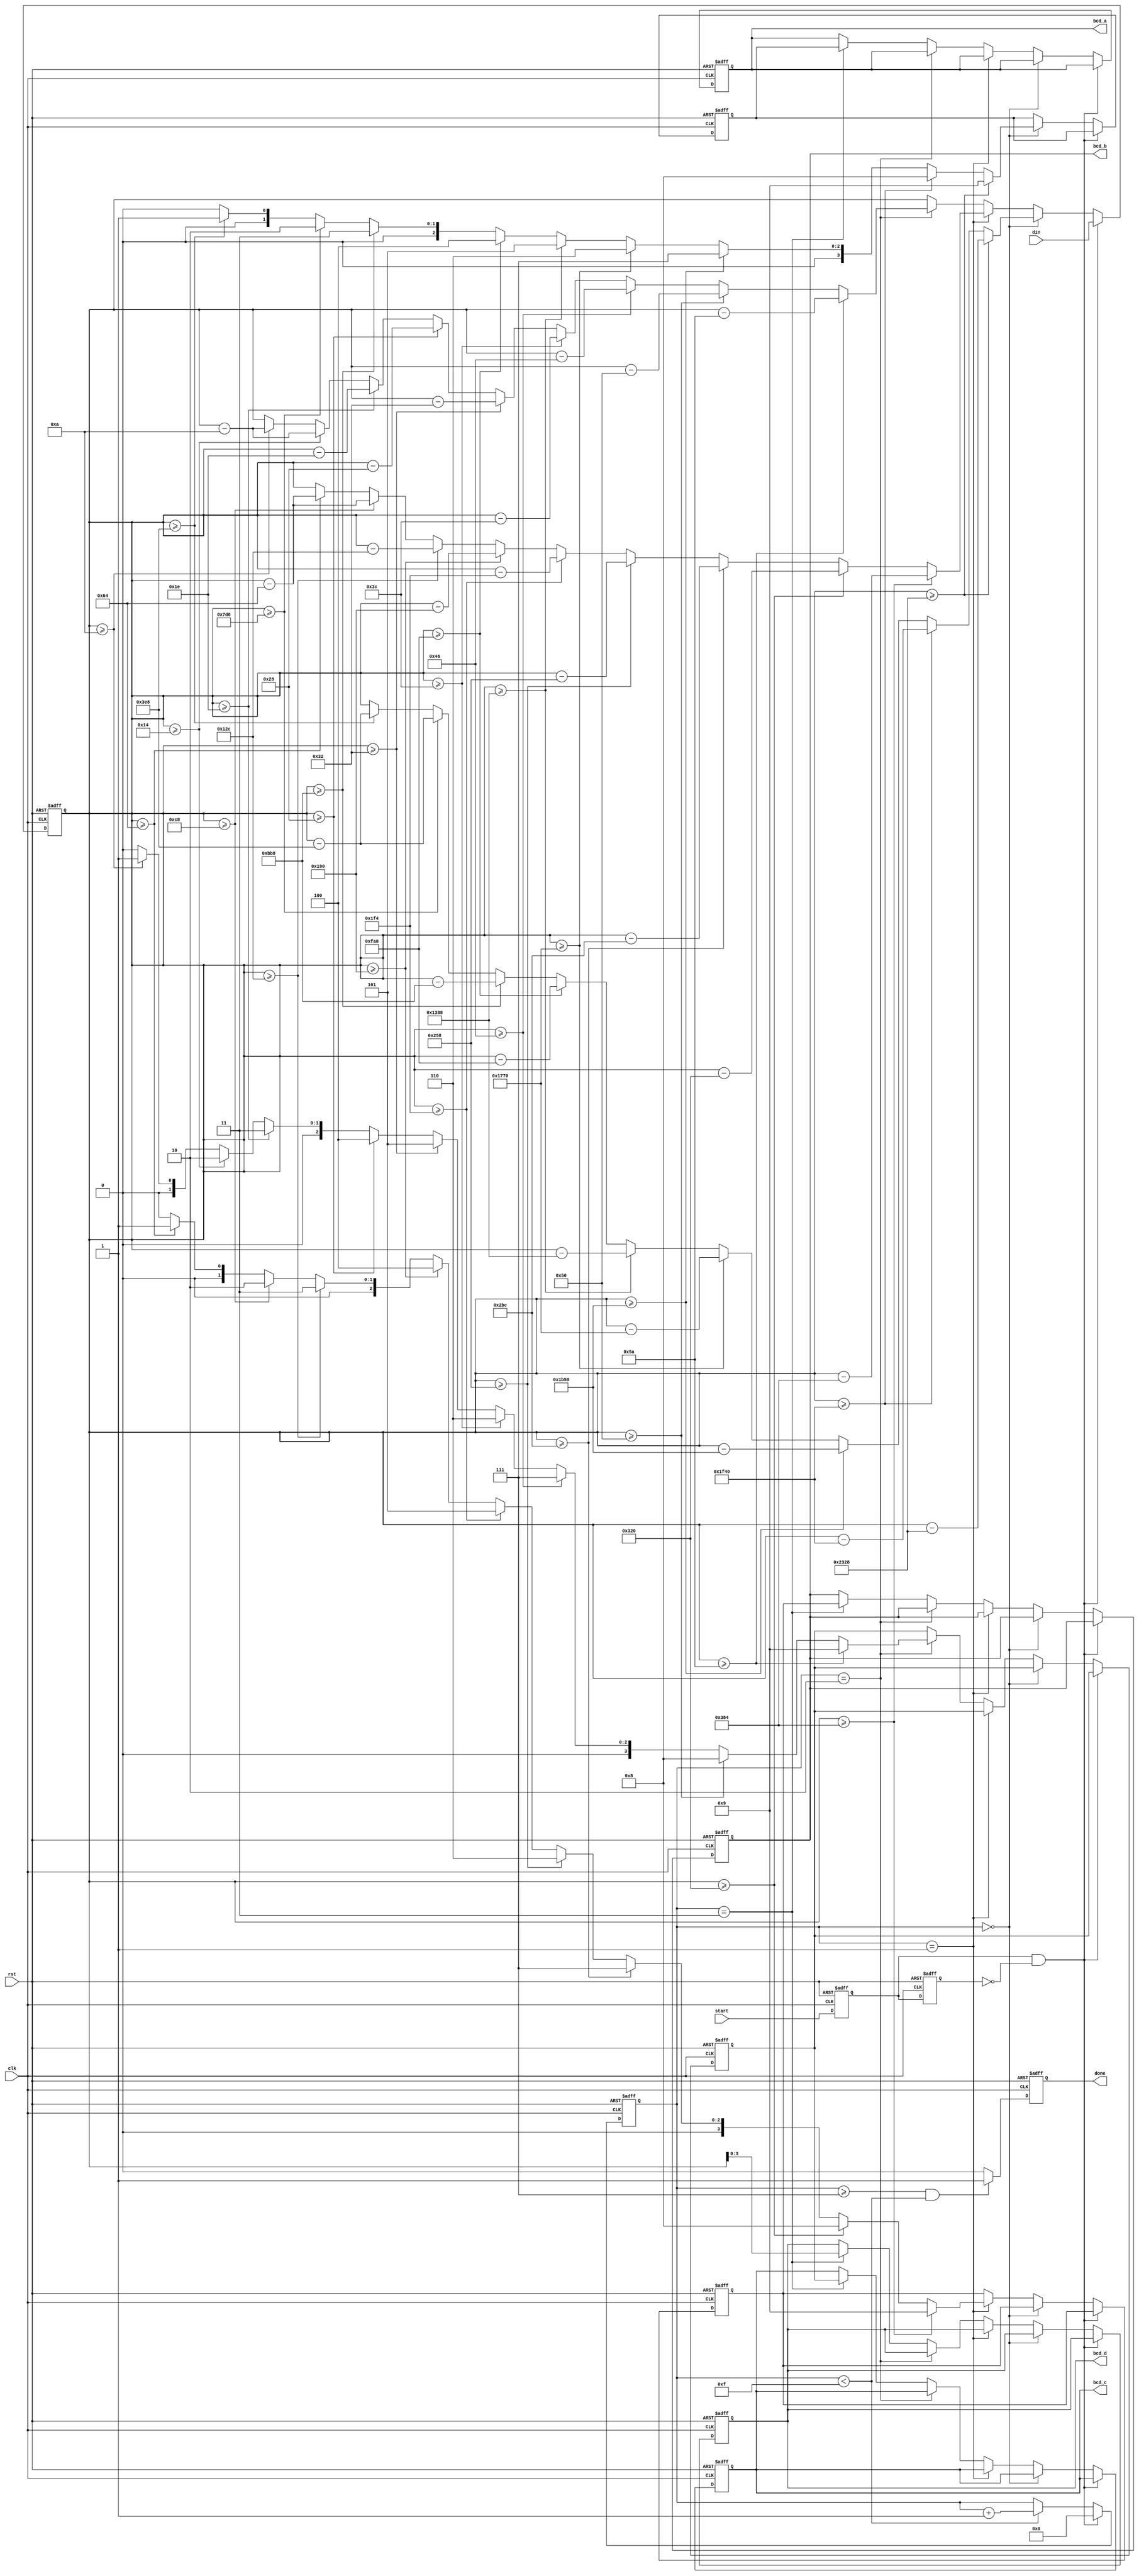
module hex2bcd_4(
    input rst,clk,
    input start,
    input [13:0] din,
    output reg done,
    output reg [3:0] bcd_a,bcd_b,bcd_c,bcd_d // 1000, 100, 10, 1
    );
    
reg st0,st1;
reg [3:0] stcnt;
reg [3:0] bcda,bcdb,bcdc;
reg [13:0] temp;

always@(negedge rst, posedge clk)
begin
    if (rst == 0)
        done <= 0;  
    else 
        if ((stcnt >= 7) & (stcnt < 15))    
            done <= 1;
        else 
            done <= 0;
end

always@(negedge rst, posedge clk)
begin
    if (rst == 0)
        begin
            temp <= 0;  bcda <= 0;  bcdb <= 0;  bcdc <= 0;   
            bcd_a <= 0; bcd_b <= 0; bcd_c <= 0; bcd_d <= 0;    
        end
    else 
        begin
            if (st0 & ~st1)         // Rising Edge of START
                temp <= din;
            else if (stcnt == 0)    // Decide 1000's Value
            //  bcdh <= 0;
                if      (temp >= 9000)  begin   bcda <= 9;  temp <= temp - 9000;  end
                else if (temp >= 8000)  begin   bcda <= 8;  temp <= temp - 8000;  end  
                else if (temp >= 7000)  begin   bcda <= 7;  temp <= temp - 7000;  end  
                else if (temp >= 6000)  begin   bcda <= 6;  temp <= temp - 6000;  end  
                else if (temp >= 5000)  begin   bcda <= 5;  temp <= temp - 5000;  end  
                else if (temp >= 4000)  begin   bcda <= 4;  temp <= temp - 4000;  end  
                else if (temp >= 3000)  begin   bcda <= 3;  temp <= temp - 3000;  end  
                else if (temp >= 2000)  begin   bcda <= 2;  temp <= temp - 1000;  end  
                else if (temp >= 1000)  begin   bcda <= 1;  temp <= temp - 1000;  end  
                else                            bcda <= 0;           
            else if (stcnt == 1)    // Decide 100's Value
            //  bcdh <= 0;
                if      (temp >= 900)   begin   bcdb <= 9;  temp <= temp - 900;  end
                else if (temp >= 800)   begin   bcdb <= 8;  temp <= temp - 800;  end  
                else if (temp >= 700)   begin   bcdb <= 7;  temp <= temp - 700;  end  
                else if (temp >= 600)   begin   bcdb <= 6;  temp <= temp - 600;  end  
                else if (temp >= 500)   begin   bcdb <= 5;  temp <= temp - 500;  end  
                else if (temp >= 400)   begin   bcdb <= 4;  temp <= temp - 400;  end  
                else if (temp >= 300)   begin   bcdb <= 3;  temp <= temp - 300;  end  
                else if (temp >= 200)   begin   bcdb <= 2;  temp <= temp - 100;  end  
                else if (temp >= 100)   begin   bcdb <= 1;  temp <= temp - 100;  end  
                else                            bcdb <= 0;           
            else if (stcnt == 2)    // Decide 10's Value
            //  bcdh <= 0;
                if      (temp >= 90) begin   bcdc <= 9;  temp <= temp - 90;  end
                else if (temp >= 80) begin   bcdc <= 8;  temp <= temp - 80;  end  
                else if (temp >= 70) begin   bcdc <= 7;  temp <= temp - 70;  end  
                else if (temp >= 60) begin   bcdc <= 6;  temp <= temp - 60;  end  
                else if (temp >= 50) begin   bcdc <= 5;  temp <= temp - 50;  end  
                else if (temp >= 40) begin   bcdc <= 4;  temp <= temp - 40;  end  
                else if (temp >= 30) begin   bcdc <= 3;  temp <= temp - 30;  end  
                else if (temp >= 20) begin   bcdc <= 2;  temp <= temp - 10;  end  
                else if (temp >= 10) begin   bcdc <= 1;  temp <= temp - 10;  end  
                else                         bcdc <= 0;           
            else if (stcnt == 3)    // Decide 1's Value    
                begin 
                    bcd_a <= bcda;  bcd_b <= bcdb;  bcd_c <= bcdc;  bcd_d <= temp[3:0]; 
                end
        end
end

always@(negedge rst, posedge clk)
begin
    if (rst == 0)
        begin
            st0 <= 0;  st1 <= 0;  
            stcnt <= 15;       
        end
    else 
        begin
            st0 <= start;   st1 <= st0;
            if (st0 & ~st1)         // Rising Edge of START
                stcnt <= 0;
            else if (stcnt < 15)    
                stcnt <= stcnt + 1;
        end
end

endmodule